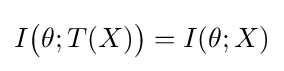
I{\bigl (}\theta ;T(X){\bigr )}=I(\theta ;X)